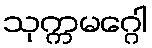
သုက္ကမဂ္ဂေါ